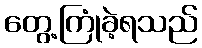
တွေ့ကြုံခဲ့ရသည်